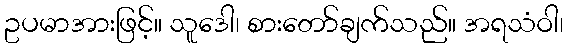
ဥပမာအားဖြင့်။ သူဒေါ၊ စားတော်ချက်သည်။ အရသံဝါ၊